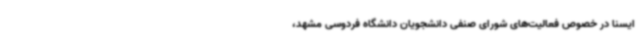
ایسنا در خصوص فعالیت‌های شورای صنفی دانشجویان دانشگاه فردوسی مشهد،